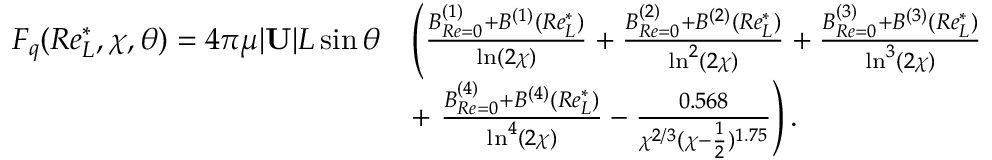
\begin{array} { r l } { F _ { q } ( R e _ { L } ^ { * } , \chi , \theta ) = 4 \pi \mu | \mathbf { U } | L \sin \theta } & { \left( \frac { B _ { R e = 0 } ^ { ( 1 ) } + B ^ { ( 1 ) } ( R e _ { L } ^ { * } ) } { \ln ( 2 \chi ) } + \frac { B _ { R e = 0 } ^ { ( 2 ) } + B ^ { ( 2 ) } ( R e _ { L } ^ { * } ) } { \ln ^ { 2 } ( 2 \chi ) } + \frac { B _ { R e = 0 } ^ { ( 3 ) } + B ^ { ( 3 ) } ( R e _ { L } ^ { * } ) } { \ln ^ { 3 } ( 2 \chi ) } \right. } \\ & { + \left. \frac { B _ { R e = 0 } ^ { ( 4 ) } + B ^ { ( 4 ) } ( R e _ { L } ^ { * } ) } { \ln ^ { 4 } ( 2 \chi ) } - \frac { 0 . 5 6 8 } { \chi ^ { 2 / 3 } ( \chi - \frac { 1 } { 2 } ) ^ { 1 . 7 5 } } \right) . } \end{array}